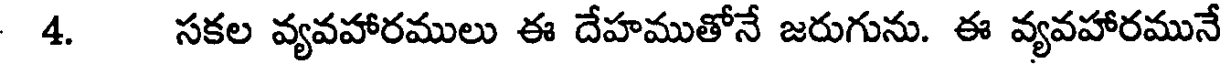
4. సకల వ్యవహారములు ఈ దేహముతోనే జరుగును. ఈ వ్యవహారమునే